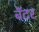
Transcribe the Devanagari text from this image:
बॅटर